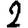
Digit: 2